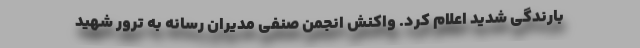
بارندگی‌ شدید اعلام کرد. واکنش انجمن صنفی مدیران رسانه به ترور شهید